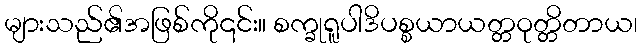
များသည်၏အဖြစ်ကို၎င်း။ စက္ခုရူပါဒိပစ္စယာယတ္တဝုတ္တိတာယ၊